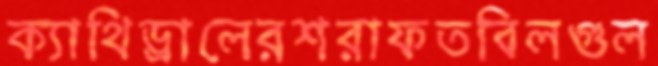
ক্যাথিড্রালেরশরাফতবিলগুল